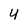
Character: 4